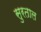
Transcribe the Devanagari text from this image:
सुरताल